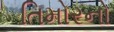
તિમોરનો